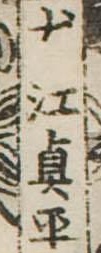
犬江真平